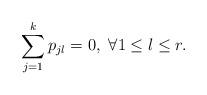
LaTeX: \begin{align*}\sum_{j=1}^{k}p_{jl}=0,\ \forall 1\leq l\leq r.\end{align*}